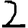
Digit: 2